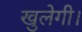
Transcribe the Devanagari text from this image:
खुलेगी।